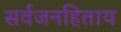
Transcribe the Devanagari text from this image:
सर्वजनहिताय